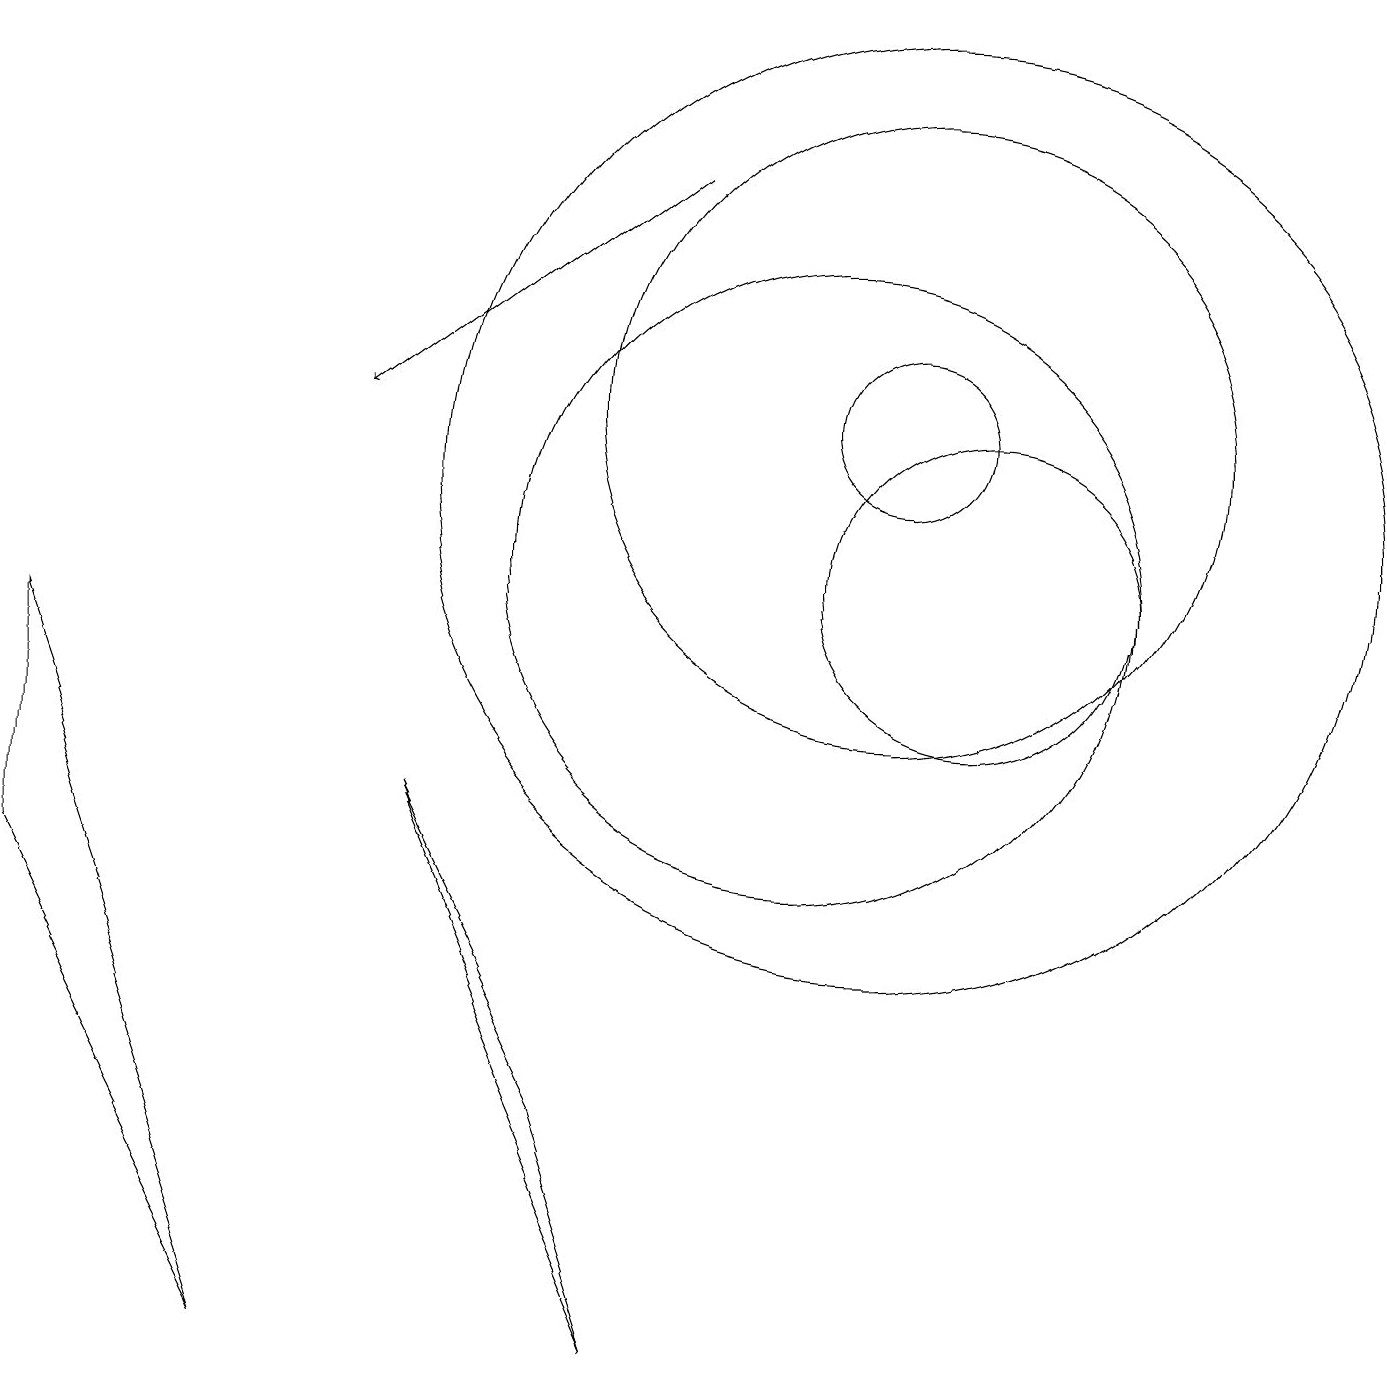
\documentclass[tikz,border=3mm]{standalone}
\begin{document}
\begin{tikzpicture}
\draw[->] (8,15) -- (4,12);
\draw (0,6) -- (0,9) -- (3,0) -- cycle;
\draw (5,7) -- (7,3) -- (8,0) -- cycle;
\draw (10,10) circle (4);
\draw (11,12) circle (1);
\draw (11,11) circle (6);
\draw (11,12) circle (4);
\draw (12,10) circle (2);
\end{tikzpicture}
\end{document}